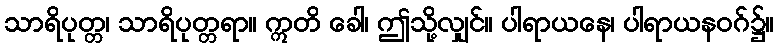
သာရိပုတ္တ၊ သာရိပုတ္တရာ။ ဣတိ ခေါ၊ ဤသို့လျှင်။ ပါရာယနေ၊ ပါရာယနဝဂ်၌။